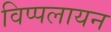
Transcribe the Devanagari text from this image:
विप्पलायन